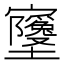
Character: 𫴧